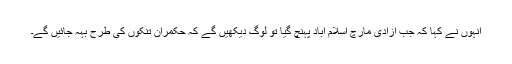
انہوں نے کہا کہ جب آزادی مارچ اسلام آباد پہنچ گیا تو لوگ دیکھیں گے کہ حکمران تنکوں کی طرح بہہ جائیں گے۔